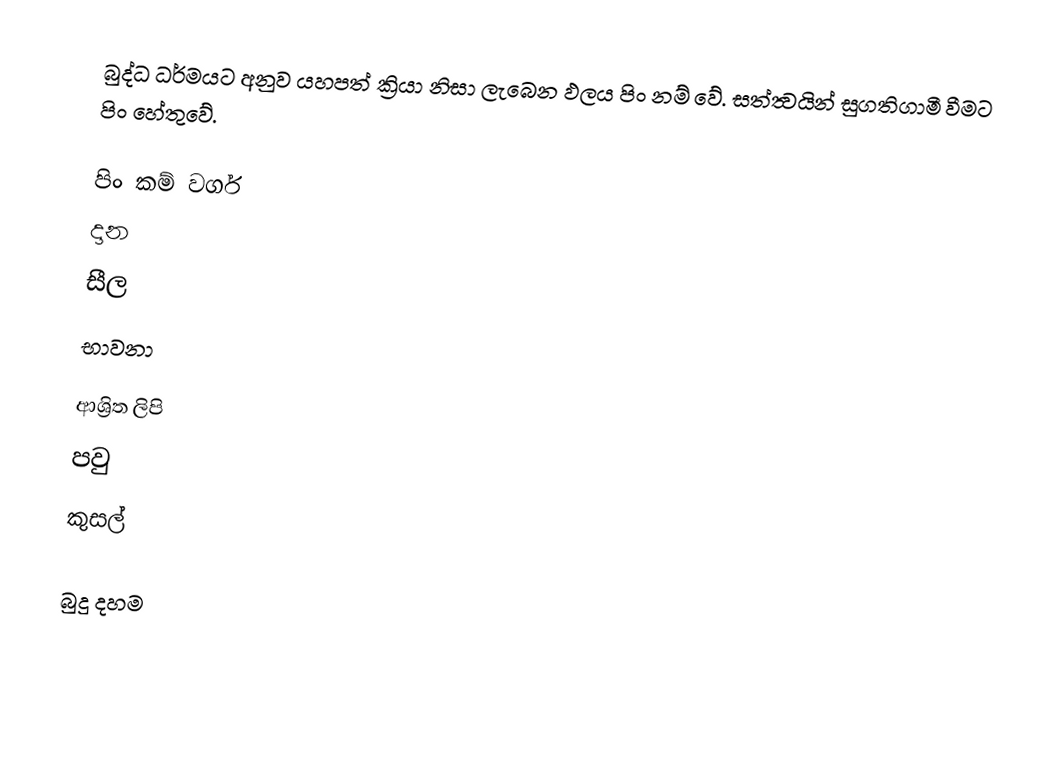
බුද්ධ ධර්මයට අනුව යහපත් ක්‍රියා නිසා ලැබෙන ඵලය පිං නම් වේ. සත්ත්‍වයින් සුගතිගාමී වීමට පිං හේතුවේ.

පිං කම් වර්ග
 දාන
 සීල
 භාවනා

ආශ්‍රිත ලිපි
 පවු
 කුසල්

බුදු දහම